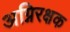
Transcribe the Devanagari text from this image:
अग्निरक्षक